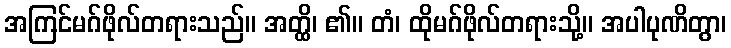
အကြင်မဂ်ဖိုလ်တရားသည်။ အတ္ထိ၊ ၏။ တံ၊ ထိုမဂ်ဖိုလ်တရားသို့။ အပါပုဏိတွာ၊